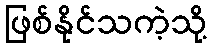
ဖြစ်နိုင်သကဲ့သို့